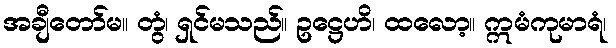
အချီတော်မ။ တွံ၊ ရှင်မသည်။ ဥဋ္ဌေဟိ၊ ထလော့။ ဣမံကုမာရံ၊